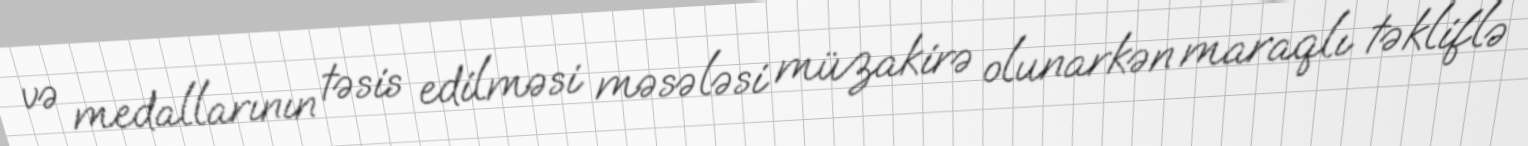
və medallarının təsis edilməsi məsələsi müzakirə olunarkən maraqlı təkliflə